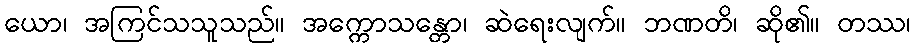
ယော၊ အကြင်သသူသည်။ အက္ကောသန္တော၊ ဆဲရေးလျက်။ ဘဏတိ၊ ဆို၏။ တဿ၊